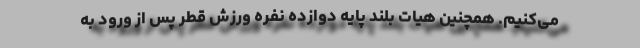
می‌کنیم. همچنین هیات بلند پایه دوازده نفره ورزش قطر پس از ورود به